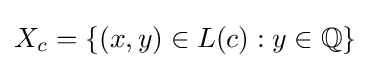
X_{c}=\{(x,y)\in L(c):y\in \mathbb {Q} \}